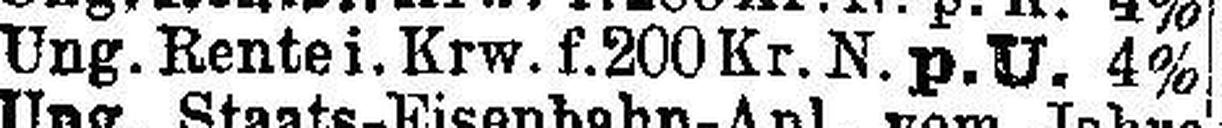
Ung. Rentei. Krw. f. 200 Kr. N.p.U. 4%